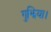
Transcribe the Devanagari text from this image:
गुझिया।